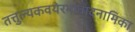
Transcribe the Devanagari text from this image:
तत्तुल्यकवयेरभावादनामिका